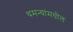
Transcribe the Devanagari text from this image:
धमन्यांमधील